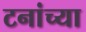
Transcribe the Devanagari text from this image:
टनांच्या